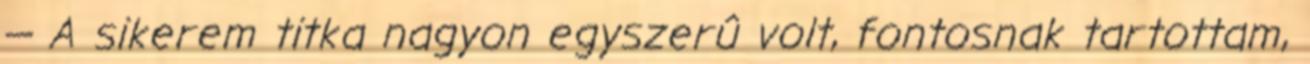
— A sikerem titka nagyon egyszerû volt, fontosnak tartottam,